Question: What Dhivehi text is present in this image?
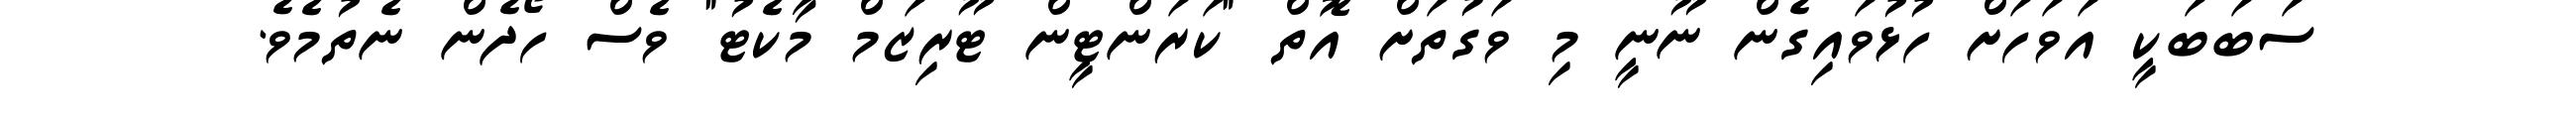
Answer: ސަބަބަކީ އަވަހަށް ހުޅުވައިގެން ނޫނީ މި ވަގުތަށް އޮތް "ކަރަންޓީން ޓޫރިޒަމް މާކެޓު" ވެސް ހޯދެން ނެތުމެވެ.